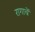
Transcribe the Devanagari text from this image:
रागाचें